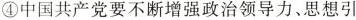
④中国共产党要不断增强政治领导力、思想引